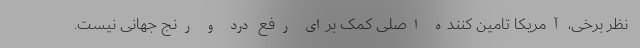
نظر برخی، آمریکا تامین کننده اصلی کمک برای رفع درد و رنج جهانی نیست.